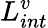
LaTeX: L_{int}^{v}